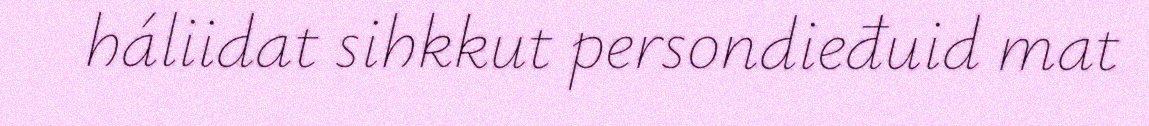
háliidat sihkkut persondieđuid mat